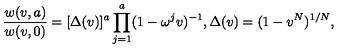
{ \frac { w ( v , a ) } { w ( v , 0 ) } } = [ \Delta ( v ) ] ^ { a } \prod _ { j = 1 } ^ { a } ( 1 - \omega ^ { j } v ) ^ { - 1 } , { } \Delta ( v ) = ( 1 - v ^ { N } ) ^ { 1 / N } ,